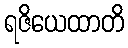
ရဇိယေထာတိ